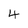
Character: 4